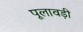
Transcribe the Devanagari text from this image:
पूलावड़ी